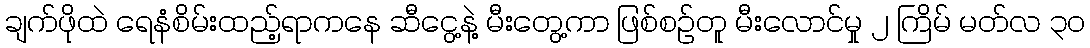
ချက်ဖိုထဲ ရေနံစိမ်းထည့်ရာကနေ ဆီငွေ့နဲ့ မီးတွေ့ကာ ဖြစ်စဉ်တူ မီးလောင်မှု ၂ ကြိမ် မတ်လ ၃၀